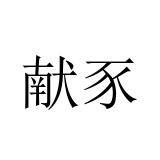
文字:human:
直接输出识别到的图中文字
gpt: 献豕